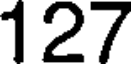
127